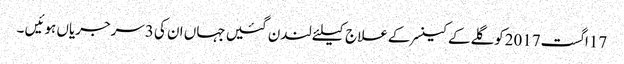
17اگست2017کوگلےکےکینسرکےعلاج کیلئےلندن گئیں جہاں ان کی 3سرجریاں ہوئیں ۔